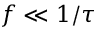
f \ll 1 / \tau